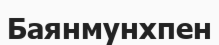
Баянмунхпен